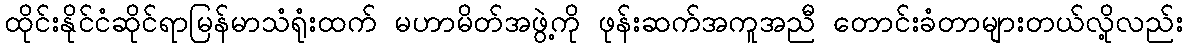
ထိုင်းနိုင်ငံဆိုင်ရာမြန်မာသံရုံးထက် မဟာမိတ်အဖွဲ့ကို ဖုန်းဆက်အကူအညီ တောင်းခံတာများတယ်လို့လည်း